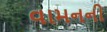
વામનની